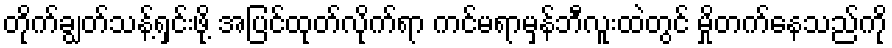
တိုက်ချွတ်သန့်ရှင်းဖို့ အပြင်ထုတ်လိုက်ရာ ကင်မရာမှန်ဘီလူးထဲတွင် မှိုတက်နေသည်ကို